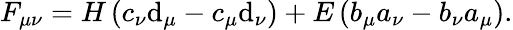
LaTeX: F_{\mu\nu}=H\left(c_{\nu}\mathrm{d}_{\mu}-c_{\mu}\mathrm{d}_{\nu}\right)+E\left(b_{\mu}a_{\nu}-b_{\nu}a_{\mu}\right).